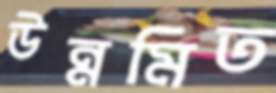
উন্নমিত